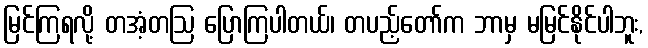
မြင်ကြရလို့ တအံ့တဩ ပြောကြပါတယ်၊ တပည့်တော်က ဘာမှ မမြင်နိုင်ပါဘူး,